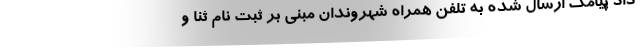
داد پیامک ارسال شده به تلفن همراه شهروندان مبنی بر ثبت نام ثنا و